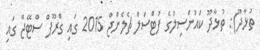
ތުޅާދޫ): ތުޅާދޫ ކައުންސިލުގެ ފުޓްސަލް ޗެލެންޖް 2015 ގައި ގްރޫޕް ސްޓޭޖް ގައި